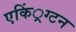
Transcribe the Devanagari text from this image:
एकिं्रग्टन